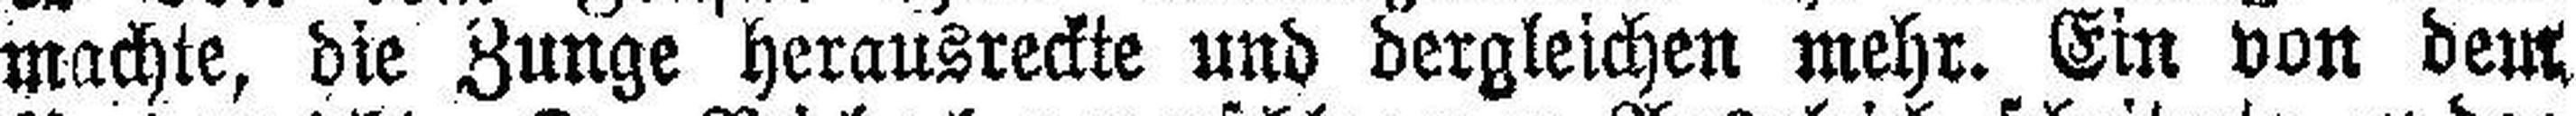
machte, die Zunge herausreckte und dergleichen mehr. Ein von dem